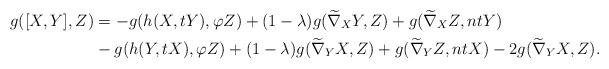
LaTeX: \begin{align*}g([X,Y], Z) &=-g(h(X,tY), \varphi Z)+(1-\lambda) g(\widetilde\nabla_{X}Y,Z)+g(\widetilde\nabla_{X}Z, ntY) \\ & -g(h(Y,tX), \varphi Z)+(1-\lambda)g(\widetilde\nabla_{Y}X,Z)+g(\widetilde\nabla_{Y}Z, ntX)-2g(\widetilde\nabla_{Y}X, Z).\end{align*}